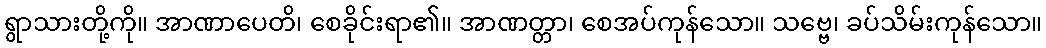
ရွာသားတို့ကို။ အာဏာပေတိ၊ စေခိုင်းရာ၏။ အာဏတ္တာ၊ စေအပ်ကုန်သော။ သဗ္ဗေ၊ ခပ်သိမ်းကုန်သော။